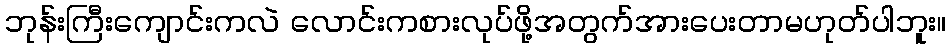
ဘုန်းကြီးကျောင်းကလဲ လောင်းကစားလုပ်ဖို့အတွက်အားပေးတာမဟုတ်ပါဘူး။